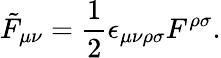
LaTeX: \tilde{F}_{\mu\nu}=\frac{1}{2}\epsilon_{\mu\nu\rho\sigma}F^{\rho\sigma}.